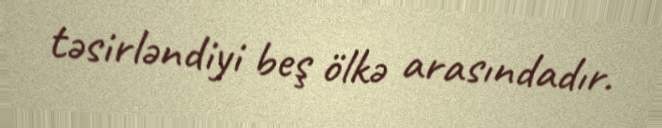
təsirləndiyi beş ölkə arasındadır.